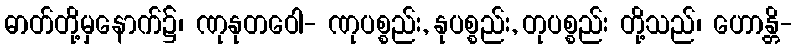
ဓာတ်တို့မှနောက်၌၊ ဏုနုတဝေါ- ဏုပစ္စည်း, နုပစ္စည်း, တုပစ္စည်း တို့သည်၊ ဟောန္တိ-